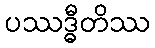
ပဿဒ္ဓီတိဿ